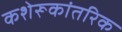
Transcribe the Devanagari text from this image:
कशेरूकांतरिक